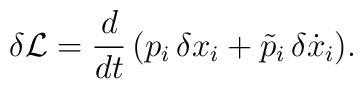
\delta{\cal L}=\frac{d}{dt}\,(p_{i}\,\delta x_{i}+\tilde{p}_{i}\,\delta\dot{x}_{i}).